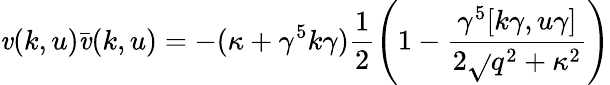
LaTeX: \mathit{v}(k,u)\bar{{\mathit{v}}}(k,u)=-(\kappa+\gamma^{5}k\gamma)\frac{{1}}{{2}}\left(1-\frac{{\gamma^{5}[k\gamma,u\gamma]}}{{2\sqrt{}{{q^{2}+\kappa^{2}}}}}\right)